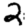
Digit: 2